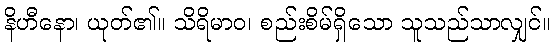
နိဟီနော၊ ယုတ်၏။ သိရိမာဝ၊ စည်းစိမ်ရှိသော သူသည်သာလျှင်။